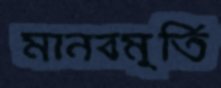
মানবমূর্তি